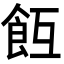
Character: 𩚢